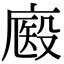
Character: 𢊘